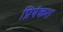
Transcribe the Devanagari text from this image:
प्रियंकरा